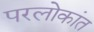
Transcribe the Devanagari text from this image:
परलोकांत